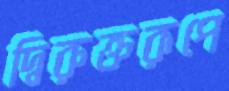
দ্বিরুক্তরূপে